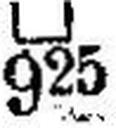
□ 925